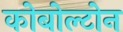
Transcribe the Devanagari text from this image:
कोबोल्टोन